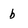
Character: b